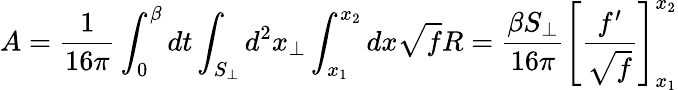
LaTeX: A=\frac{1}{16\pi}\int_{0}^{\beta}dt\int_{S_{\perp}}d^{2}x_{\perp}\int_{x_{1}}^{x_{2}}dx\sqrt{f}R=\frac{\beta S_{\perp}}{16\pi}\left[\frac{f^{\prime}}{\sqrt{f}}\right]_{x_{1}}^{x_{2}}